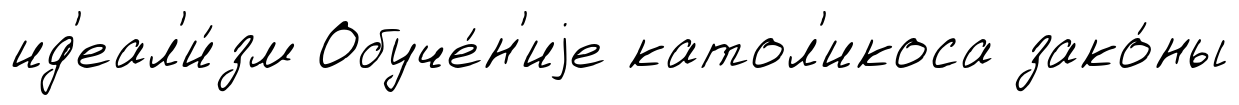
ид'еал'и́зм Обуче́н'иjе катол'икоса зако́ны